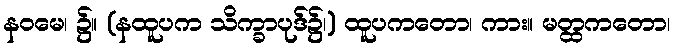
နဝမေ၊ ၌။ (နထူပက သိက္ခာပုဒ်၌၊) ထူပကတော၊ ကား။ မတ္ထကတော၊